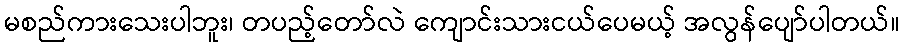
မစည်ကားသေးပါဘူး၊ တပည့်တော်လဲ ကျောင်းသားငယ်ပေမယ့် အလွန်ပျော်ပါတယ်။